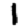
Digit: 1